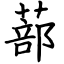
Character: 蔀